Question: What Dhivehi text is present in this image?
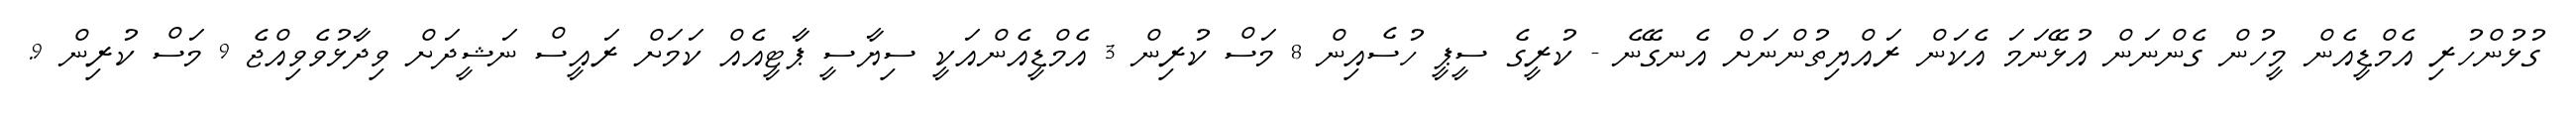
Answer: ގުޅުންހުރި އެމްޑީއެން މީހުން ގެންނަން އުޅޭނަމަ އެކަން ރައްޔިތުންނަށް އެނގޭނެ - ކުރީގެ ސީޕީ ހުސެއިން 8 މަސް ކުރިން 3 އެމްޑީއެންއަކީ ސިޔާސީ ޕާޓީއެއް ކަމަށް ރައީސް ނަޝީދަށް ވިދާޅުވެވިއްޖެ 9 މަސް ކުރިން 9.